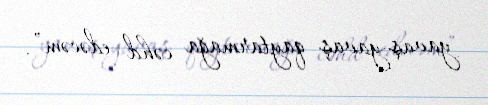
yavaş-yavaş qaytarmağa cəhd edəcəm”.